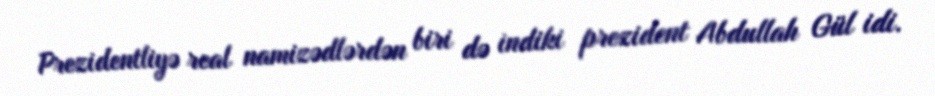
Prezidentliyə real namizədlərdən biri də indiki prezident Abdullah Gül idi.